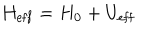
H _ { \mathrm { e f f } } = H _ { 0 } + U _ { \mathrm { e f f } }